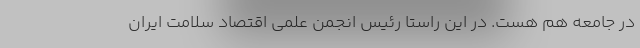
در جامعه هم هست. در این راستا رئیس انجمن علمی اقتصاد سلامت ایران